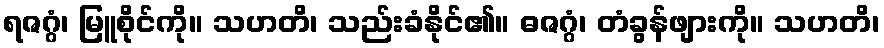
ရဇဂ္ဂံ၊ မြူစိုင်ကို။ သဟတိ၊ သည်းခံနိုင်၏။ ဓဇဂ္ဂံ၊ တံခွန်ဖျားကို။ သဟတိ၊